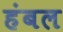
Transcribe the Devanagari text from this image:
हंबल